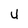
Character: U